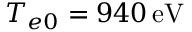
T _ { e 0 } = 9 4 0 \, \mathrm { e V }